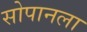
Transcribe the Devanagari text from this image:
सोपानला